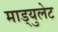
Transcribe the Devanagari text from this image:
माड्युलेट